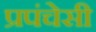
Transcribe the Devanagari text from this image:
प्रपंचेसी